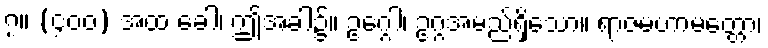
၇။ (၄၀၀) အထ ခေါ၊ ဤအခါ၌။ ဥဂ္ဂေါ၊ ဥဂ္ဂအမည်ရှိသော။ ရာဇမဟာမတ္တော၊